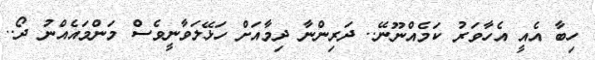
ހިބާ އެއީ އެހާވަރު ކަމެއްނޫނޭ.. ދަރިންނާ ދިމާއަށް ހަޅޭލަވާނީވެސް މަންމައެއްނު ދޯ..